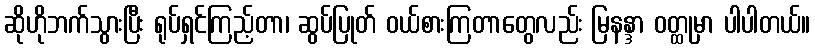
ဆိုဟိုဘက်သွားပြီး ရုပ်ရှင်ကြည့်တာ၊ ဆွပ်ပြုတ် ဝယ်စားကြတာတွေလည်း မြနန္ဒာ ဝတ္ထုမှာ ပါပါတယ်။